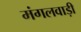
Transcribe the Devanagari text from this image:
मंगलवाड़ी